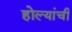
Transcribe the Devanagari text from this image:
होल्यांची